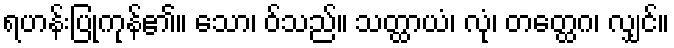
ရဟန်းပြုကုန်၏။ သော၊ ဝ်သည်။ သတ္ထာယံ၊ လုံ၊ တတ္ထေဂ၊ လျှင်။